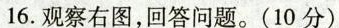
16.观察右图，回答问题。(10分)